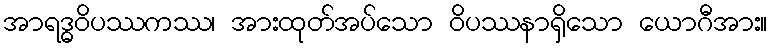
အာရဒ္ဓဝိပဿကဿ၊ အားထုတ်အပ်သော ဝိပဿနာရှိသော ယောဂီအား။